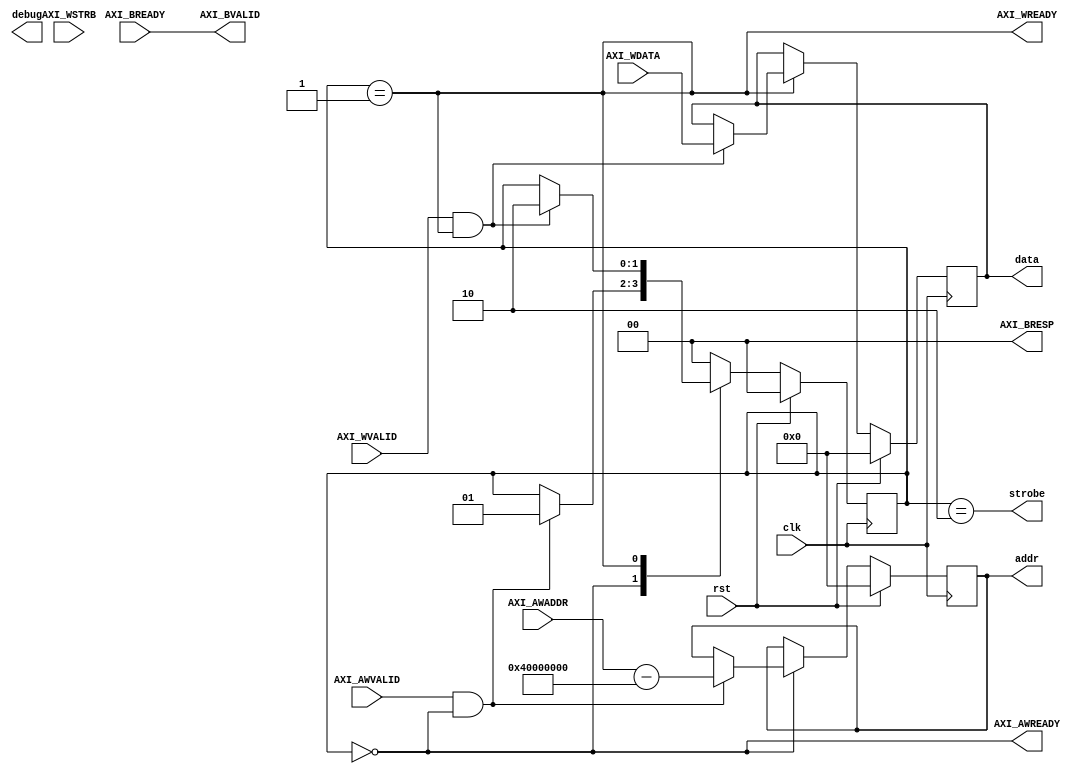
//////////////////////////////////////////////////////////////////////////////////
// Copyright Ettus Research LLC
// The ZYNQ FIFO slave settings:
//  - implements write state machine for 32-bit addressable AXI slave
//  - provides settings for state of per-stream fifo pointers
//  - implements configuration of FIFO's physical DDR addresses
//////////////////////////////////////////////////////////////////////////////////


module zf_slave_settings
#(
    parameter CONFIG_BASE = 32'h40000000
)
(
    input clk,
    input rst,

    //------------------------------------------------------------------
    //-- control write signals - slave
    //------------------------------------------------------------------
    input [31:0] AXI_AWADDR,
    input AXI_AWVALID,
    output AXI_AWREADY,
    input [31:0] AXI_WDATA,
    input [3:0] AXI_WSTRB,
    input AXI_WVALID,
    output AXI_WREADY,
    output [1:0] AXI_BRESP,
    output AXI_BVALID,
    input AXI_BREADY,

    //------------------------------------------------------------------
    // settings interface
    //------------------------------------------------------------------
    output reg [31:0] addr,
    output reg [31:0] data,
    output strobe,

    output [31:0] debug
);

////////////////////////////////////////////////////////////////////////
///////////////////////////// Begin R T L //////////////////////////////
////////////////////////////////////////////////////////////////////////

    //------------------------------------------------------------------
    // Control write state machine responds to AXI control writes
    // Used for setting the state of the various FIFOs
    //------------------------------------------------------------------
    localparam STATE_ADDR = 0;
    localparam STATE_DATA = 1;
    localparam STATE_WRITE = 2;

    reg [1:0] state;

    always @(posedge clk) begin
        if (rst) begin
            state <= STATE_ADDR;
            addr <= 0;
            data <= 0;
        end
        else case (state)

        STATE_ADDR: begin
            if (AXI_AWVALID && AXI_AWREADY) begin
                addr <= (AXI_AWADDR - CONFIG_BASE);
                state <= STATE_DATA;
            end
        end

        STATE_DATA: begin
            if (AXI_WVALID && AXI_WREADY) begin
                data <= AXI_WDATA;
                state <= STATE_WRITE;
            end
        end

        STATE_WRITE: begin
            state <= STATE_ADDR;
        end

        default: state <= STATE_ADDR;

        endcase //state
    end

    assign strobe = (state == STATE_WRITE);

    //assign to slave write
    assign AXI_AWREADY = (state == STATE_ADDR);
    assign AXI_WREADY = (state == STATE_DATA);
    assign AXI_BRESP = 0;
    assign AXI_BVALID = AXI_BREADY; //FIXME - we can choose not to assert valid

endmodule //zf_slave_settings